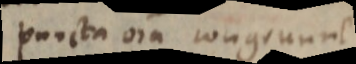
puncta ora congruunt